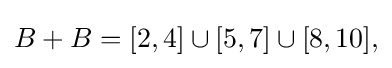
{\textstyle B+B=[2,4]\cup [5,7]\cup [8,10],}